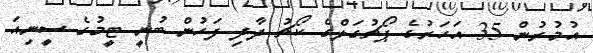
އުމުރުން 35 އަހަރުގެ ޕޯޗުގަލްގެ ކޯޗު ދާދި ފަހުން ބުނީ ޓީމުގެ ސީނިއަ